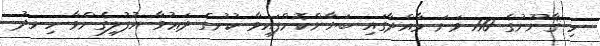
މި ޤާނޫނުގެ 110 ވަނަ މާއްދާގައި ބަޔާންކޮށްފައިވާ ކުށުގެ ދަޢުވާ އުފުލިގެންވާ ހިނދު